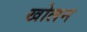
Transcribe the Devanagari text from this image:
खोलन